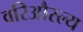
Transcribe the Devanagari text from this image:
वरिऔस्ल्य